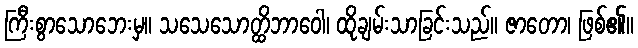
ကြီးစွာသောဘေးမှ။ သသေသောတ္ထိဘာဝေါ၊ ထိုချမ်းသာခြင်းသည်။ ဇာတော၊ ဖြစ်၏။